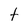
Character: t